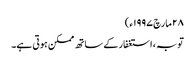
٢٨ مارچ ١٩٩٧ء)
توبہ ، استغفار کے ساتھ ممکن ہوتی ہے۔